Report on sanitation, dispensaries, and jails in Rajputana for 1916, and on vaccination for the year 1916-1917 - 1916-1917
Year: 1916
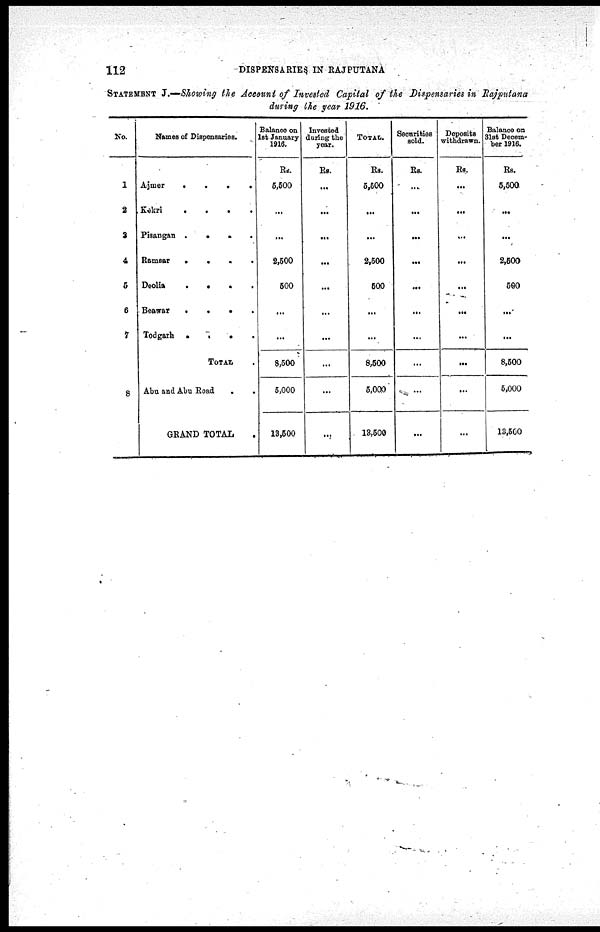
112
DISPENSARIES IN RAJPUTANA
STATEMENT J.—Showing the Account of Invested Capital of the Dispensaries in Rajputana
during the year 1916.
No.
1
2
3
4
5
6
7
8
Names of Dispensaries.
Ajmer
....
Kekri
....
Pisangan
.....
Ramsar
....
Deolia
....
Beawar
....
Todgarh
....
TOTAL .
Abu and Abu Road ..
GRAND TOTAL
Balance on
1st January
1916.
Rs.
5,500
...
...
2,500
500
...
...
8,500
5,000
13,500
Invested
during the
year.
Rs.
...
...
...
...
...
...
...
...
...
...
TOTAL.
Rs.
5,500
...
...
2,500
500
...
...
8,500
5,000
13,500
Securities
sold.
Rs.
...
...
...
...
...
...
...
...
...
...
Deposits
withdrawn.
Rs.
...
...
...
...
...
...
...
...
...
...
Balance on
31st Decem-
ber 1916.
Rs.
5,500
...
...
2,500
500
...
...
8,500
5,000
13,500